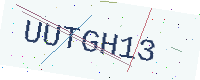
Text: UUTGH13